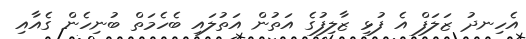
އެހިނދު ޒަލަފް އެ ފުޅި ޒާލިފުގެ އަތުން އަތުލައި ބެހެމަތް ބުނިހެން ގެއާއި